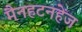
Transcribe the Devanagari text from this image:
मैनहटनहेंज